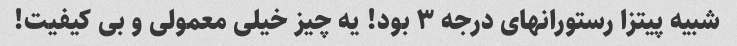
شبیه پیتزا رستورانهای درجه ۳ بود! یه چیز خیلی معمولی و بی کیفیت!